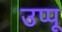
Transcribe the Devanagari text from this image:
उप्पू